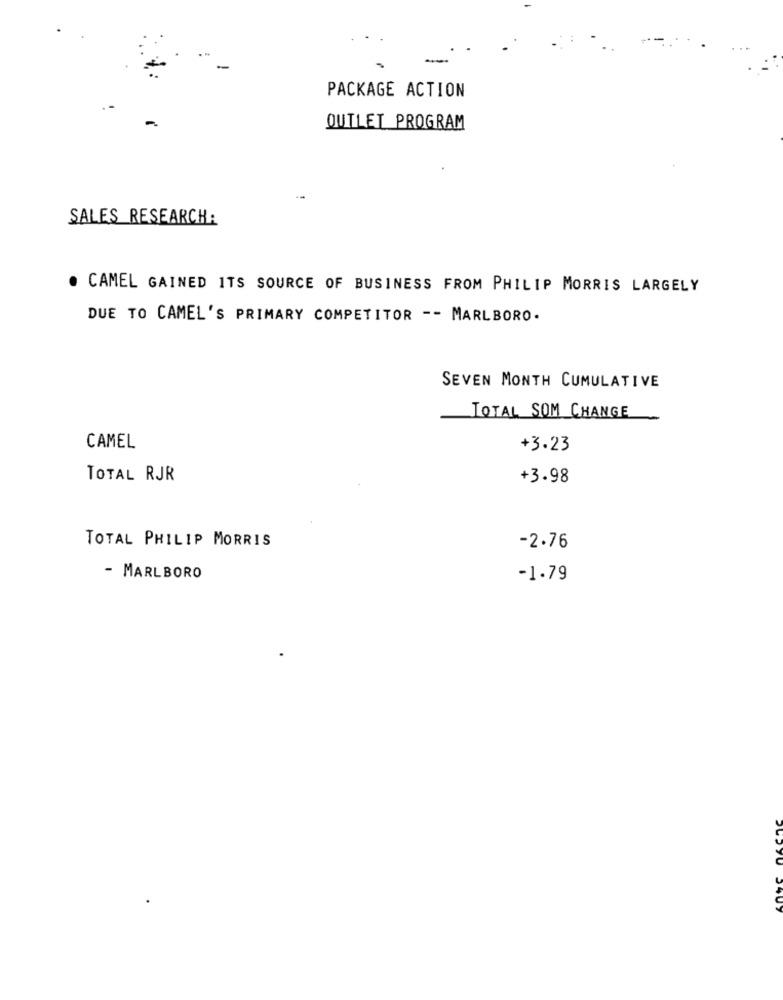
PACKAGE ACTION
OUTLET PROGRAM
SALES RESEARCH:
. CAMEL GAINED ITS SOURCE OF BUSINESS FROM PHILIP MORRIS LARGELY
DUE TO CAMEL'S PRIMARY COMPETITOR -- MARLBORO.
SEVEN MONTH CUMULATIVE
TOTAL SOM CHANGE
CAMEL
+3.23
TOTAL RJR
+3.98
TOTAL PHILIP MORRIS
-2.76
- MARLBORO
-1.79
1407